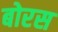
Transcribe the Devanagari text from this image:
बोरस